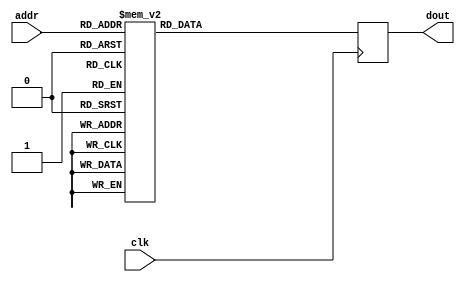
`timescale 1ns / 1ps
//////////////////////////////////////////////////////////////////////////////////
// Company: 
// Engineer: 
// 
// Design Name:    QMJ 
// Module Name:    BottomLayer 
// Project Name: 
// Target Devices: 
// Tool versions: 
// Description: 
//
// Dependencies: 
//
// Revision: 
// Revision 0.01 - File Created
// Additional Comments: 
//
//////////////////////////////////////////////////////////////////////////////////
module HzROM(clk,addr, dout);
    input clk;
    input [6:0] addr;
    output [7:0] dout;
     
  //
    reg[7:0] dout;
	 always @(posedge clk)
        case (addr)
		//
		0:dout=8'h00;
		1:dout=8'h20;
		2:dout=8'h00;
		3:dout=8'h20;
		4:dout=8'h7E;
		5:dout=8'h20;
		6:dout=8'h00;
		7:dout=8'h20;
		8:dout=8'h00;
		9:dout=8'hFC;
		10:dout=8'hFF;
		11:dout=8'h24;
		12:dout=8'h10;
		13:dout=8'h24;
		14:dout=8'h10;
		15:dout=8'h24;
		16: dout=8'h24;
		17:dout=8'h24;
		18:dout=8'h22;
		19:dout=8'h24;
		20:dout=8'h4F;
		21:dout=8'h44;
		22:dout=8'hFA;
		23:dout=8'h44;
		24:dout=8'h40;
		25:dout=8'h84;
		26:dout=8'h01;
		27:dout=8'h14;
		28:dout=8'h02;
		29:dout=8'h08;
		30:dout=8'h00;
		31:dout=8'h00;
		//
		32:dout=8'h01;
		33:dout=8'h00;
		34:dout=8'h01;
		35:dout=8'h00;
		36:dout=8'h7F;
		37:dout=8'hFC;
		38:dout=8'h01;
		39:dout=8'h00;
		40:dout=8'h02;
		41:dout=8'h80;
		42:dout=8'h02;
		43:dout=8'h40;
		44:dout=8'h05;
		45:dout=8'h20;
		46:dout=8'h08;
		47:dout=8'h98;
		48:dout=8'h30;
		49:dout=8'h06;
		50:dout=8'h01;
		51:dout=8'h00;
		52:dout=8'h04;
		53:dout=8'h88;
		54:dout=8'h24;
		55:dout=8'h84;
		56:dout=8'h24;
		57:dout=8'h12;
		58:dout=8'h64;
		59:dout=8'h12;
		60:dout=8'h43;
		61:dout=8'hF0;
		62:dout=8'h00;
		63:dout=8'h00;
		//  
		64:dout=8'h00;
		65:dout=8'h00;
		66:dout=8'h1F;
		67:dout=8'hF0;
		68:dout=8'h10;
		69:dout=8'h10;
		70:dout=8'h1F;
		71:dout=8'hF0;
		72:dout=8'h10;
		73:dout=8'h10;
		74:dout=8'h1F;
		75:dout=8'hF0;
		76:dout=8'h04;
		77:dout=8'h40;
		78:dout=8'h04;
		79:dout=8'h40;
		80:dout=8'h44;
		81:dout=8'h48;
		82:dout=8'h24;
		83:dout=8'h48;
		84:dout=8'h14;
		85:dout=8'h50;
		86:dout=8'h14;
		87:dout=8'h60;
		88:dout=8'h04;
		89:dout=8'h40;
		90:dout=8'hFF;
		91:dout=8'hFE;
		92:dout=8'h00;
		93:dout=8'h00;
		94:dout=8'h00;
		95:dout=8'h00;
		//   
		96:dout=8'h00;
		97:dout=8'h00;
		98:dout=8'h1F;
		99:dout=8'hF8;
		100:dout=8'h00;
		101:dout=8'h00;
		102:dout=8'h00;
		103:dout=8'h00;
		104:dout=8'h00;
		105:dout=8'h00;
		106:dout=8'h7F;
		107:dout=8'hFE;
		108:dout=8'h01;
		109:dout=8'h00;
		110:dout=8'h01;
		111:dout=8'h00;
		112:dout=8'H11;
		113:dout=8'h20;
		114:dout=8'h11;
		115:dout=8'h10;
		116:dout=8'h21;
		117:dout=8'h08;
		118:dout=8'h41;
		119:dout=8'h0C;
		120:dout=8'h81;
		121:dout=8'h04;
		122:dout=8'h01;
		123:dout=8'h00;
		124:dout=8'h05;
		125:dout=8'h00;
		126:dout=8'h02;
		default:dout=8'h00;
	endcase
endmodule